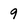
Character: 9